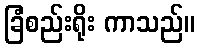
ခြံစည်းရိုး ကာသည်။